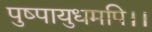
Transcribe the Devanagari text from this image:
पुष्पायुधमपि।।